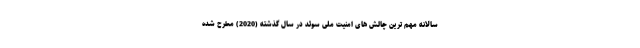
سالانه مهم ترین چالش های امنیت ملی سوئد در سال گذشته (2020) مطرح شده